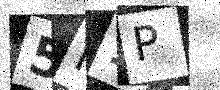
Text: 5N1P